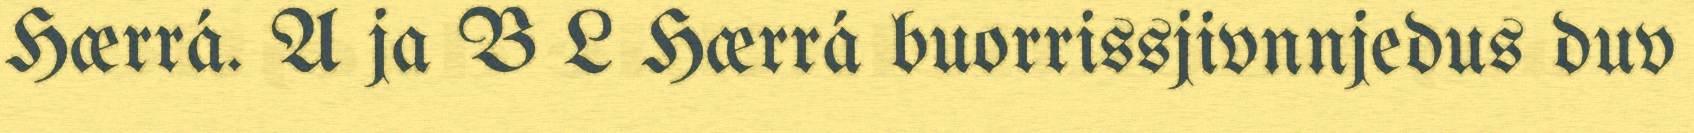
Hærrá. A ja B L Hærrá buorrissjivnnjedus duv